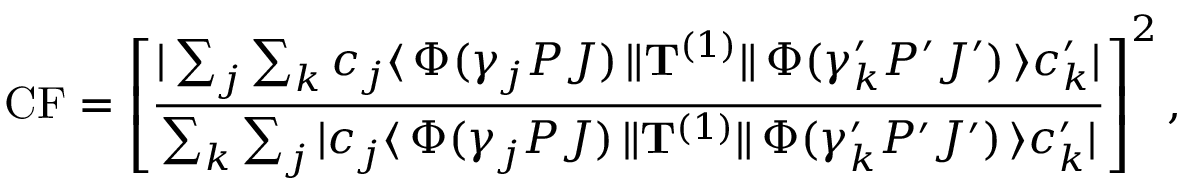
\mathrm { C F } = \left[ \frac { | \sum _ { j } \sum _ { k } c _ { j } \langle \, \Phi ( \gamma _ { j } P J ) \, \| { \bf T } ^ { ( 1 ) } \| \, \Phi ( \gamma _ { k } ^ { \prime } P ^ { \prime } J ^ { \prime } ) \, \rangle c _ { k } ^ { \prime } | } { \sum _ { k } \sum _ { j } | c _ { j } \langle \, \Phi ( \gamma _ { j } P J ) \, \| { \bf T } ^ { ( 1 ) } \| \, \Phi ( \gamma _ { k } ^ { \prime } P ^ { \prime } J ^ { \prime } ) \, \rangle c _ { k } ^ { \prime } | } \right] ^ { 2 } ,